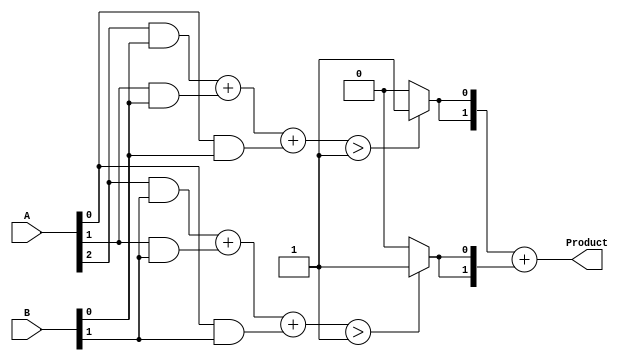
module FaultTolerantWallaceTreeMultiplier #(parameter N = 4) (
    input [N-1:0] A,
    input [N-1:0] B,
    output [2*N-1:0] Product
);
    
    wire [N-1:0] partial_products[N-1:0];
    wire [2*N-1:0] summed_outputs[N-1:0];
    
    // Partial Product Generation
    genvar i, j;
    generate
        for (i = 0; i < N; i = i + 1) begin : PP_GEN
            for (j = 0; j < N; j = j + 1) begin : PP_GEN_INNER
                assign partial_products[i][j] = A[i] & B[j];
            end
        end
    endgenerate
    
    // Wallace Tree Reduction Logic
    // This is a simplified version; actual implementation would require multiple levels
    wire [N:0] sum1, sum2, carry1, carry2;
    
    // Level 1: Adding the first three partial products
    // Assuming we take three rows and reduce them
    genvar k;
    generate
        for (k = 0; k < N; k = k + 1) begin : WALLACE_REDUCTION
            // Full Adder with TMR
            wire [2:0] pp_input = {partial_products[0][k], partial_products[1][k], partial_products[2][k]};
            wire [N:0] majority_sum, majority_carry;

            // Majority Voting Logic for Sum
            assign majority_sum = (pp_input[0] + pp_input[1] + pp_input[2] > 1) ? 1 : 0;
            assign majority_carry = (pp_input[0] + pp_input[1] + pp_input[2] > 1) ? 1 : 0;

            // Assign the output to summed_outputs
            assign summed_outputs[k][0] = majority_sum;
            assign summed_outputs[k][1] = majority_carry;
        end
    endgenerate

    // Final Addition Logic for Product Calculation
    wire [2*N-1:0] final_sum;
    wire final_carry;

    // Use simple adders for final sum
    assign {final_carry, final_sum} = summed_outputs[0] + summed_outputs[1];
    
    // Output the final product
    assign Product = final_sum;

endmodule